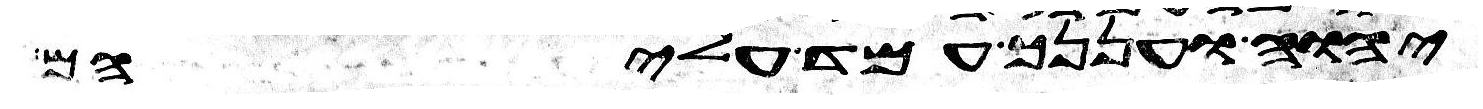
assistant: יהוה ועננך עמד עליהם